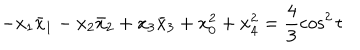
- x _ { 1 } \bar { x } _ { 1 } - x _ { 2 } \bar { x } _ { 2 } + x _ { 3 } \bar { x } _ { 3 } + x _ { 0 } ^ { 2 } + x _ { 4 } ^ { 2 } = \frac { 4 } { 3 } \cos ^ { 2 } t